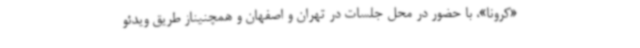
«کرونا»، با حضور در محل جلسات در تهران و اصفهان و همچنیناز طریق ویدئو